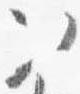
次